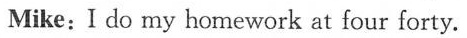
Mike:I do my homework at four forty.